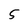
Character: 5